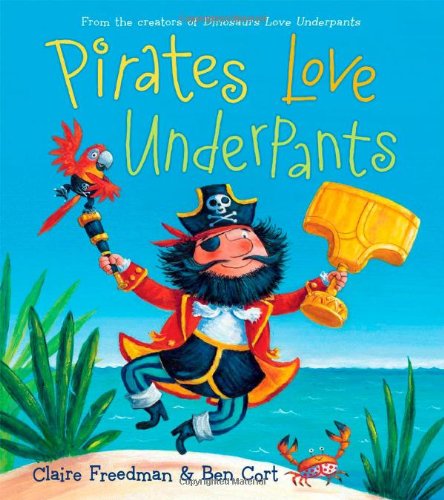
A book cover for Pirates Love Underpants (The Underpants Books); Claire Freedman; Children's Books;